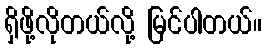
ရှိဖို့လိုတယ်လို့ မြင်ပါတယ်။